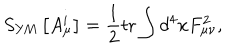
S _ { \mathrm { Y M } } \left[ A _ { \mu } ^ { i } \right] = \frac 1 2 \mathrm { t r } \int d ^ { 4 } x F _ { \mu \nu } ^ { 2 } ,